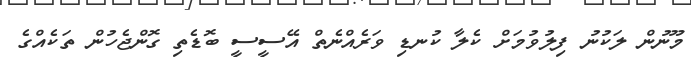
މޫނުން ލަކުނު ފިލުވުމަށް ކެލާ ކުނޑި ވަރެއްނެތް އޭސީސީ ބޮޑެތި ގޮންޖެހުން ތަކެއްގެ